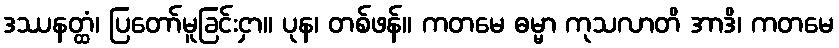
ဒဿနတ္ထံ၊ ပြတော်မူခြင်းငှာ။ ပုန၊ တစ်ဖန်။ ကတမေ ဓမ္မာ ကုသလာတိ အာဒိ၊ ကတမေ